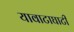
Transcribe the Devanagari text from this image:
यावाटाघाटी